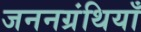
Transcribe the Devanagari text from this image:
जननग्रंथियाँ